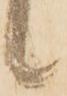
候